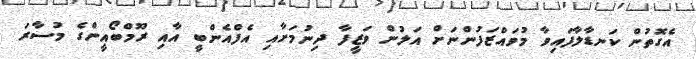
އެގޮތުން ކަނޑާލާފައިވާ މުވައްޒަފުންނަށް އަލުން ވަޒީފާ ދިނުމަށާއި އެފްއެންބީ އާއި ރޫމްބޯއީންގެ މުސާރަ